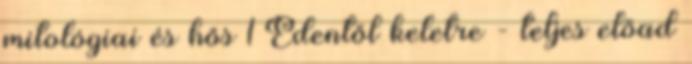
mitológiai és hős 1 Édentől keletre - teljes előad